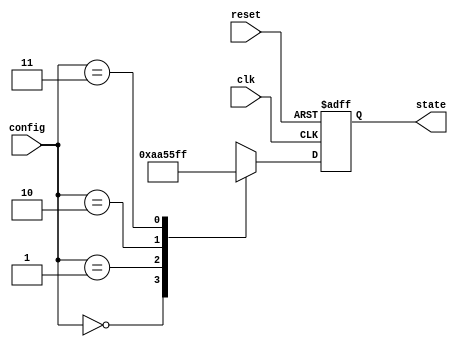
module configurable_initial_conditions (
    input wire clk,              // Clock signal
    input wire reset,            // Reset signal
    input wire [1:0] config,     // Configuration signal for initial conditions
    output reg [7:0] state       // State variable (8-bit for example)
);

// Define initial states based on config signal
localparam INIT_STATE_0 = 8'h00; // Initial state for config = 00
localparam INIT_STATE_1 = 8'hAA; // Initial state for config = 01
localparam INIT_STATE_2 = 8'h55; // Initial state for config = 10
localparam INIT_STATE_3 = 8'hFF; // Initial state for config = 11

// Sequential logic for state updates
always @(posedge clk or posedge reset) begin
    if (reset) begin
        // On reset, set to a default initial condition
        state <= 8'h00; // Default reset state
    end else begin
        // Set the initial state based on config signal
        case (config)
            2'b00: state <= INIT_STATE_0; // Assign initial state based on config
            2'b01: state <= INIT_STATE_1;
            2'b10: state <= INIT_STATE_2;
            2'b11: state <= INIT_STATE_3;
            default: state <= INIT_STATE_0; // Fallback case
        endcase
        
        // Other dynamic state updates can be added here if required
        // E.g., state <= state + 1; // Example of dynamic logic
    end
end

endmodule